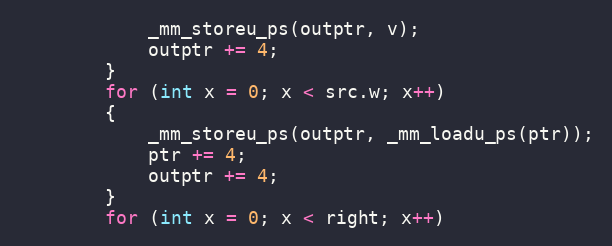
Language: C
            _mm_storeu_ps(outptr, v);
            outptr += 4;
        }
        for (int x = 0; x < src.w; x++)
        {
            _mm_storeu_ps(outptr, _mm_loadu_ps(ptr));
            ptr += 4;
            outptr += 4;
        }
        for (int x = 0; x < right; x++)